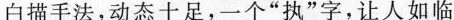
白描手法，动态十足，一个”执”字，让人如临